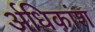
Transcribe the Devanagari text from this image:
र्अधिकांश